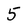
Character: 5